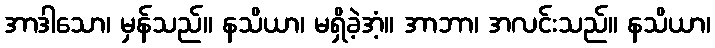
အာဒါသော၊ မှန်သည်။ နသိယာ၊ မရှိခဲ့အံ့။ အာဘာ၊ အလင်းသည်။ နသိယာ၊